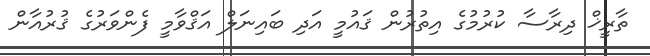
ތާރީޚް ދިރާސާ ކުރުމުގެ އިތުރުން ޤައުމީ އަދި ބައިނަލް އަޤްވާމީ ފެންވަރުގެ ޤުރުއާން